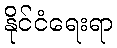
နိုင်ငံရေးရာ